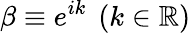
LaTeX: \beta\equiv e^{ik}~\left(k\in\mathbb R\right)